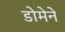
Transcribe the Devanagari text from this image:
डोमेने